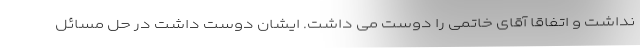
نداشت و اتفاقا آقای خاتمی را دوست می داشت. ایشان دوست داشت در حل مسائل